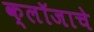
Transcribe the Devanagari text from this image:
क्लॉजाचे